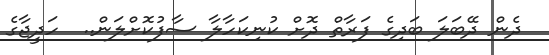
ދެން ދޭބަލަ ބަދިގެ ފަރާތް ދޮށް ކުނިކަހާލާ ސާފުކޮށްލަން..  ހަދީޖާގެ